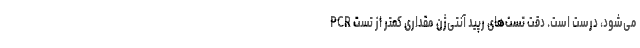
می‌شود، درست است. دقت تست‌های رپید آنتی‌ژن مقداری کمتر از تست PCR